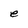
Character: e